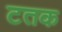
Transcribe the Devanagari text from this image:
टतक